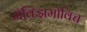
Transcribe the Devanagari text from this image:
मॅक्झिमोविच